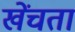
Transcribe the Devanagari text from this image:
खेंचता